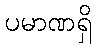
ပမာဏရှိ